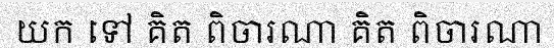
យក ទៅ គិត ពិចារណា គិត ពិចារណា